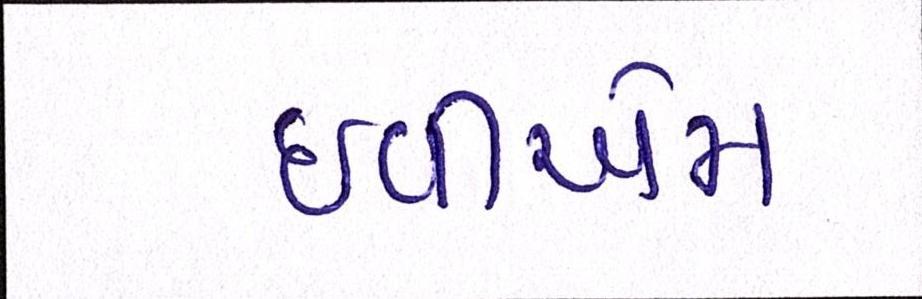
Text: ઇવીએમ